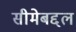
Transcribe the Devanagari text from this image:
सीमेबद्दल